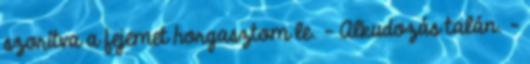
szorítva a fejemet horgasztom le. - Alkudozás talán. –